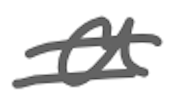
Text: a
Cross-out: double-line
Writing tool: digital_gray